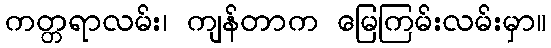
ကတ္တရာလမ်း၊ ကျန်တာက မြေကြမ်းလမ်းမှာ။